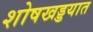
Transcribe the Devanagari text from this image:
शोषखड्डयात